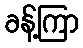
ခန့်ကြာ